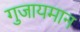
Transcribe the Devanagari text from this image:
गुजायमान